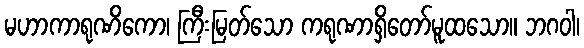
မဟာကာရုဏိကော၊ ကြီးမြတ်သော ကရုဏာရှိတော်မူထသော။ ဘဂဝါ၊